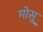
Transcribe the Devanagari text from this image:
मोसू